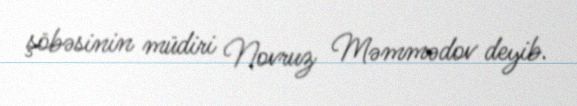
şöbəsinin müdiri Novruz Məmmədov deyib.